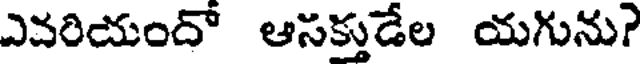
ఎవరియందో ఆసక్తుడేల యగును?